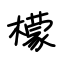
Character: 檬